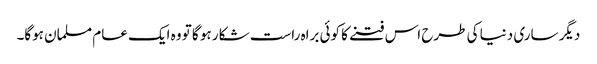
دیگر ساری دنیا کی طرح اس فتنے کا کوئی براہ راست شکار ہو گا تو وہ ایک عام مسلمان ہوگا۔